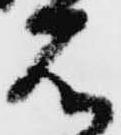
石